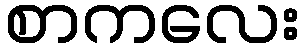
စာကလေး